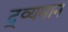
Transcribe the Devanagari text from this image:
द्र्व्यमान